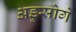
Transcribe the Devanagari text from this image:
अडुसोगे